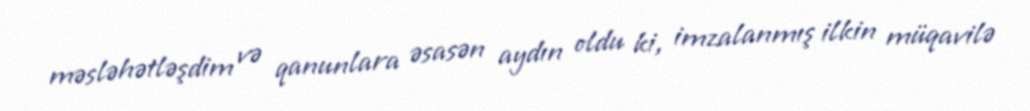
məsləhətləşdim və qanunlara əsasən aydın oldu ki, imzalanmış ilkin müqavilə